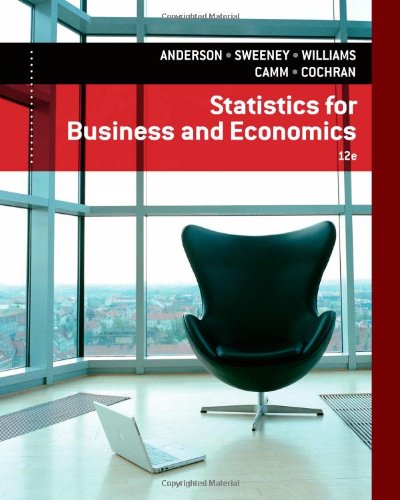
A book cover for Statistics for Business & Economics; David R. Anderson; Business & Money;